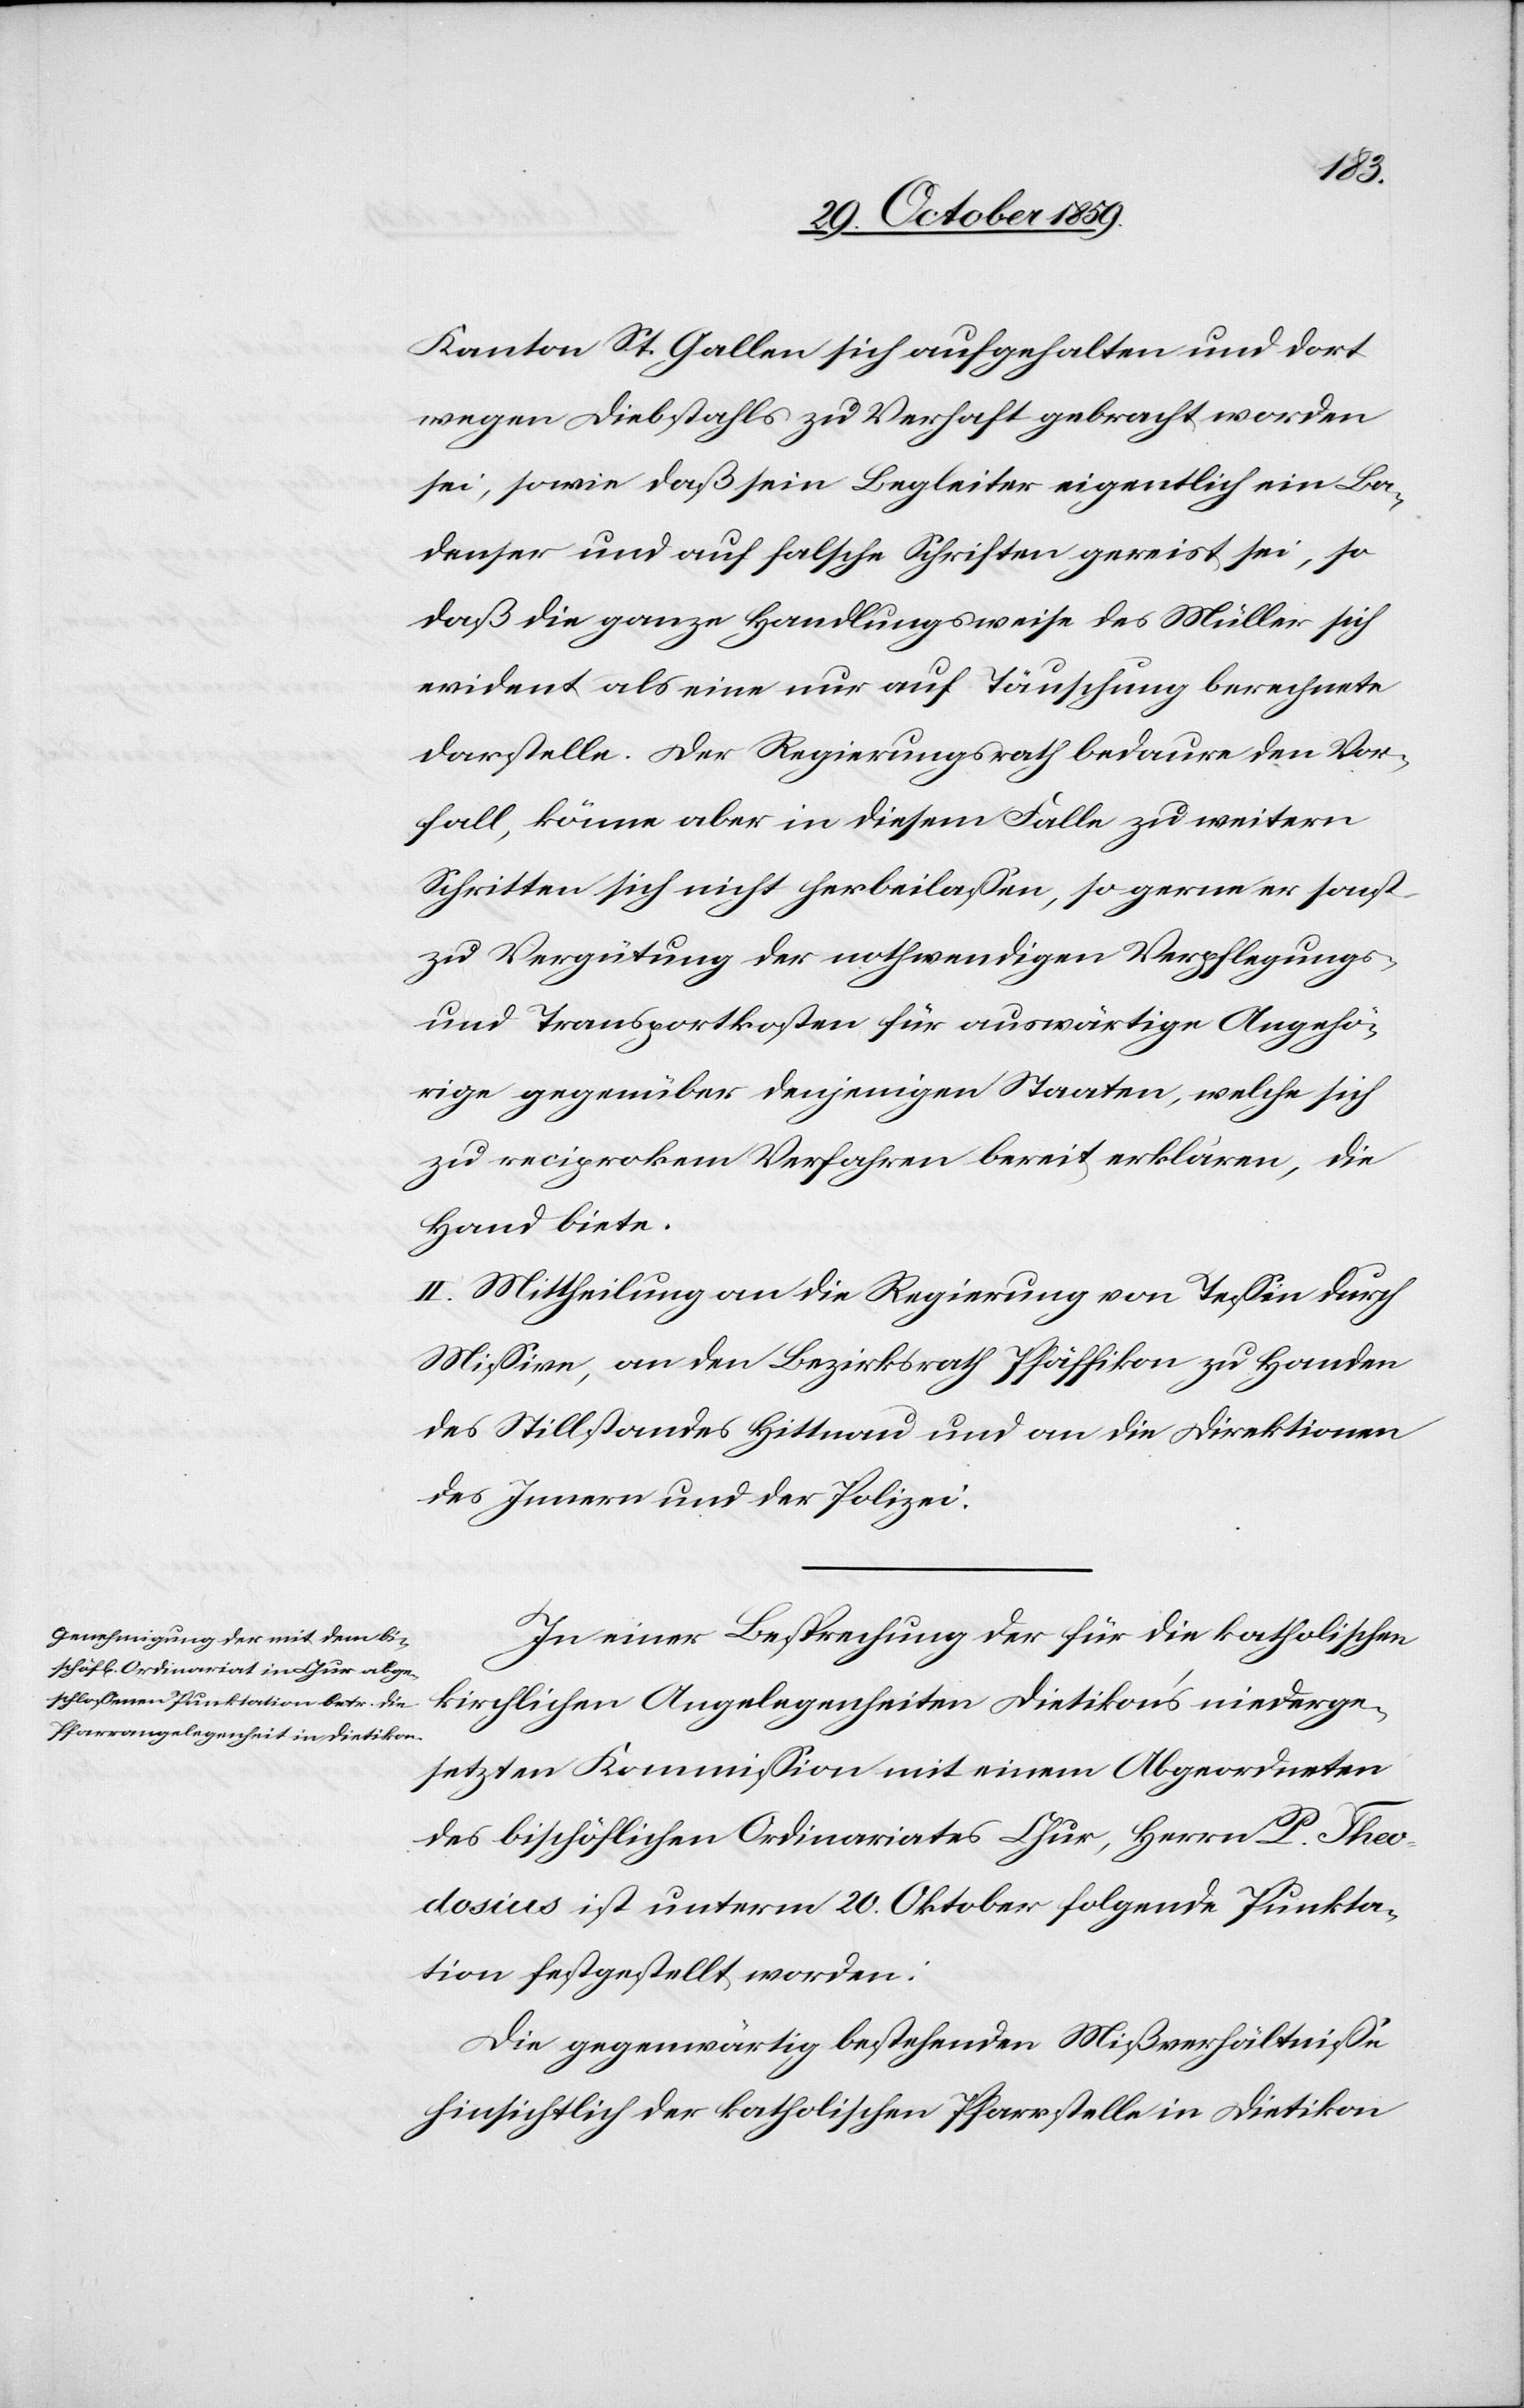
Kanton St. Gallen sich aufgehalten und dort
wegen Diebstahls zu Verhaft gebracht worden
sei, sowie daß sein Begleiter eigentlich ein Ba¬
denser und auf falsche Schriften gereist sei, so
daß die ganze Handlungsweise des Müller sich
evident als eine nur auf Täuschung berechnete
darstelle. Der Regierungsrath bedaure den Vor¬
fall, könne aber in diesem Falle zu weitern
Schritten sich nicht herbeilassen, so gerne er sonst
zur Vergütung der nothwenigen Verpflegungs-
und Transportkosten für auswärtige Angehö¬
rige gegenüber denjenigen Staaten, welche sich
zu reciproken Verfahren bereit erklären, die
Hand biete.
II. Mittheilung an die Regierung von Tessin durch
Missive, an den Bezirksrath Pfäffikon zu Handen
des Stillstandes Hittnau und an die Direktionen
des Innern und der Polizei.
In einer Besprechung der für die katholischen
kirchlichen Angelegenheiten Dietikon's niederge¬
setzten Kommission mit einem Abgeordneten
des bischöflichen Ordinariats Chur, Herrn P. Theo¬
dosius ist unterm 20. Oktober folgende Punkta¬
tion festgestellt worden:
Die gegenwärtig bestehenden Mißverhältnisse
hinsichtlich der katholischen Pfarrstelle in Dietikon